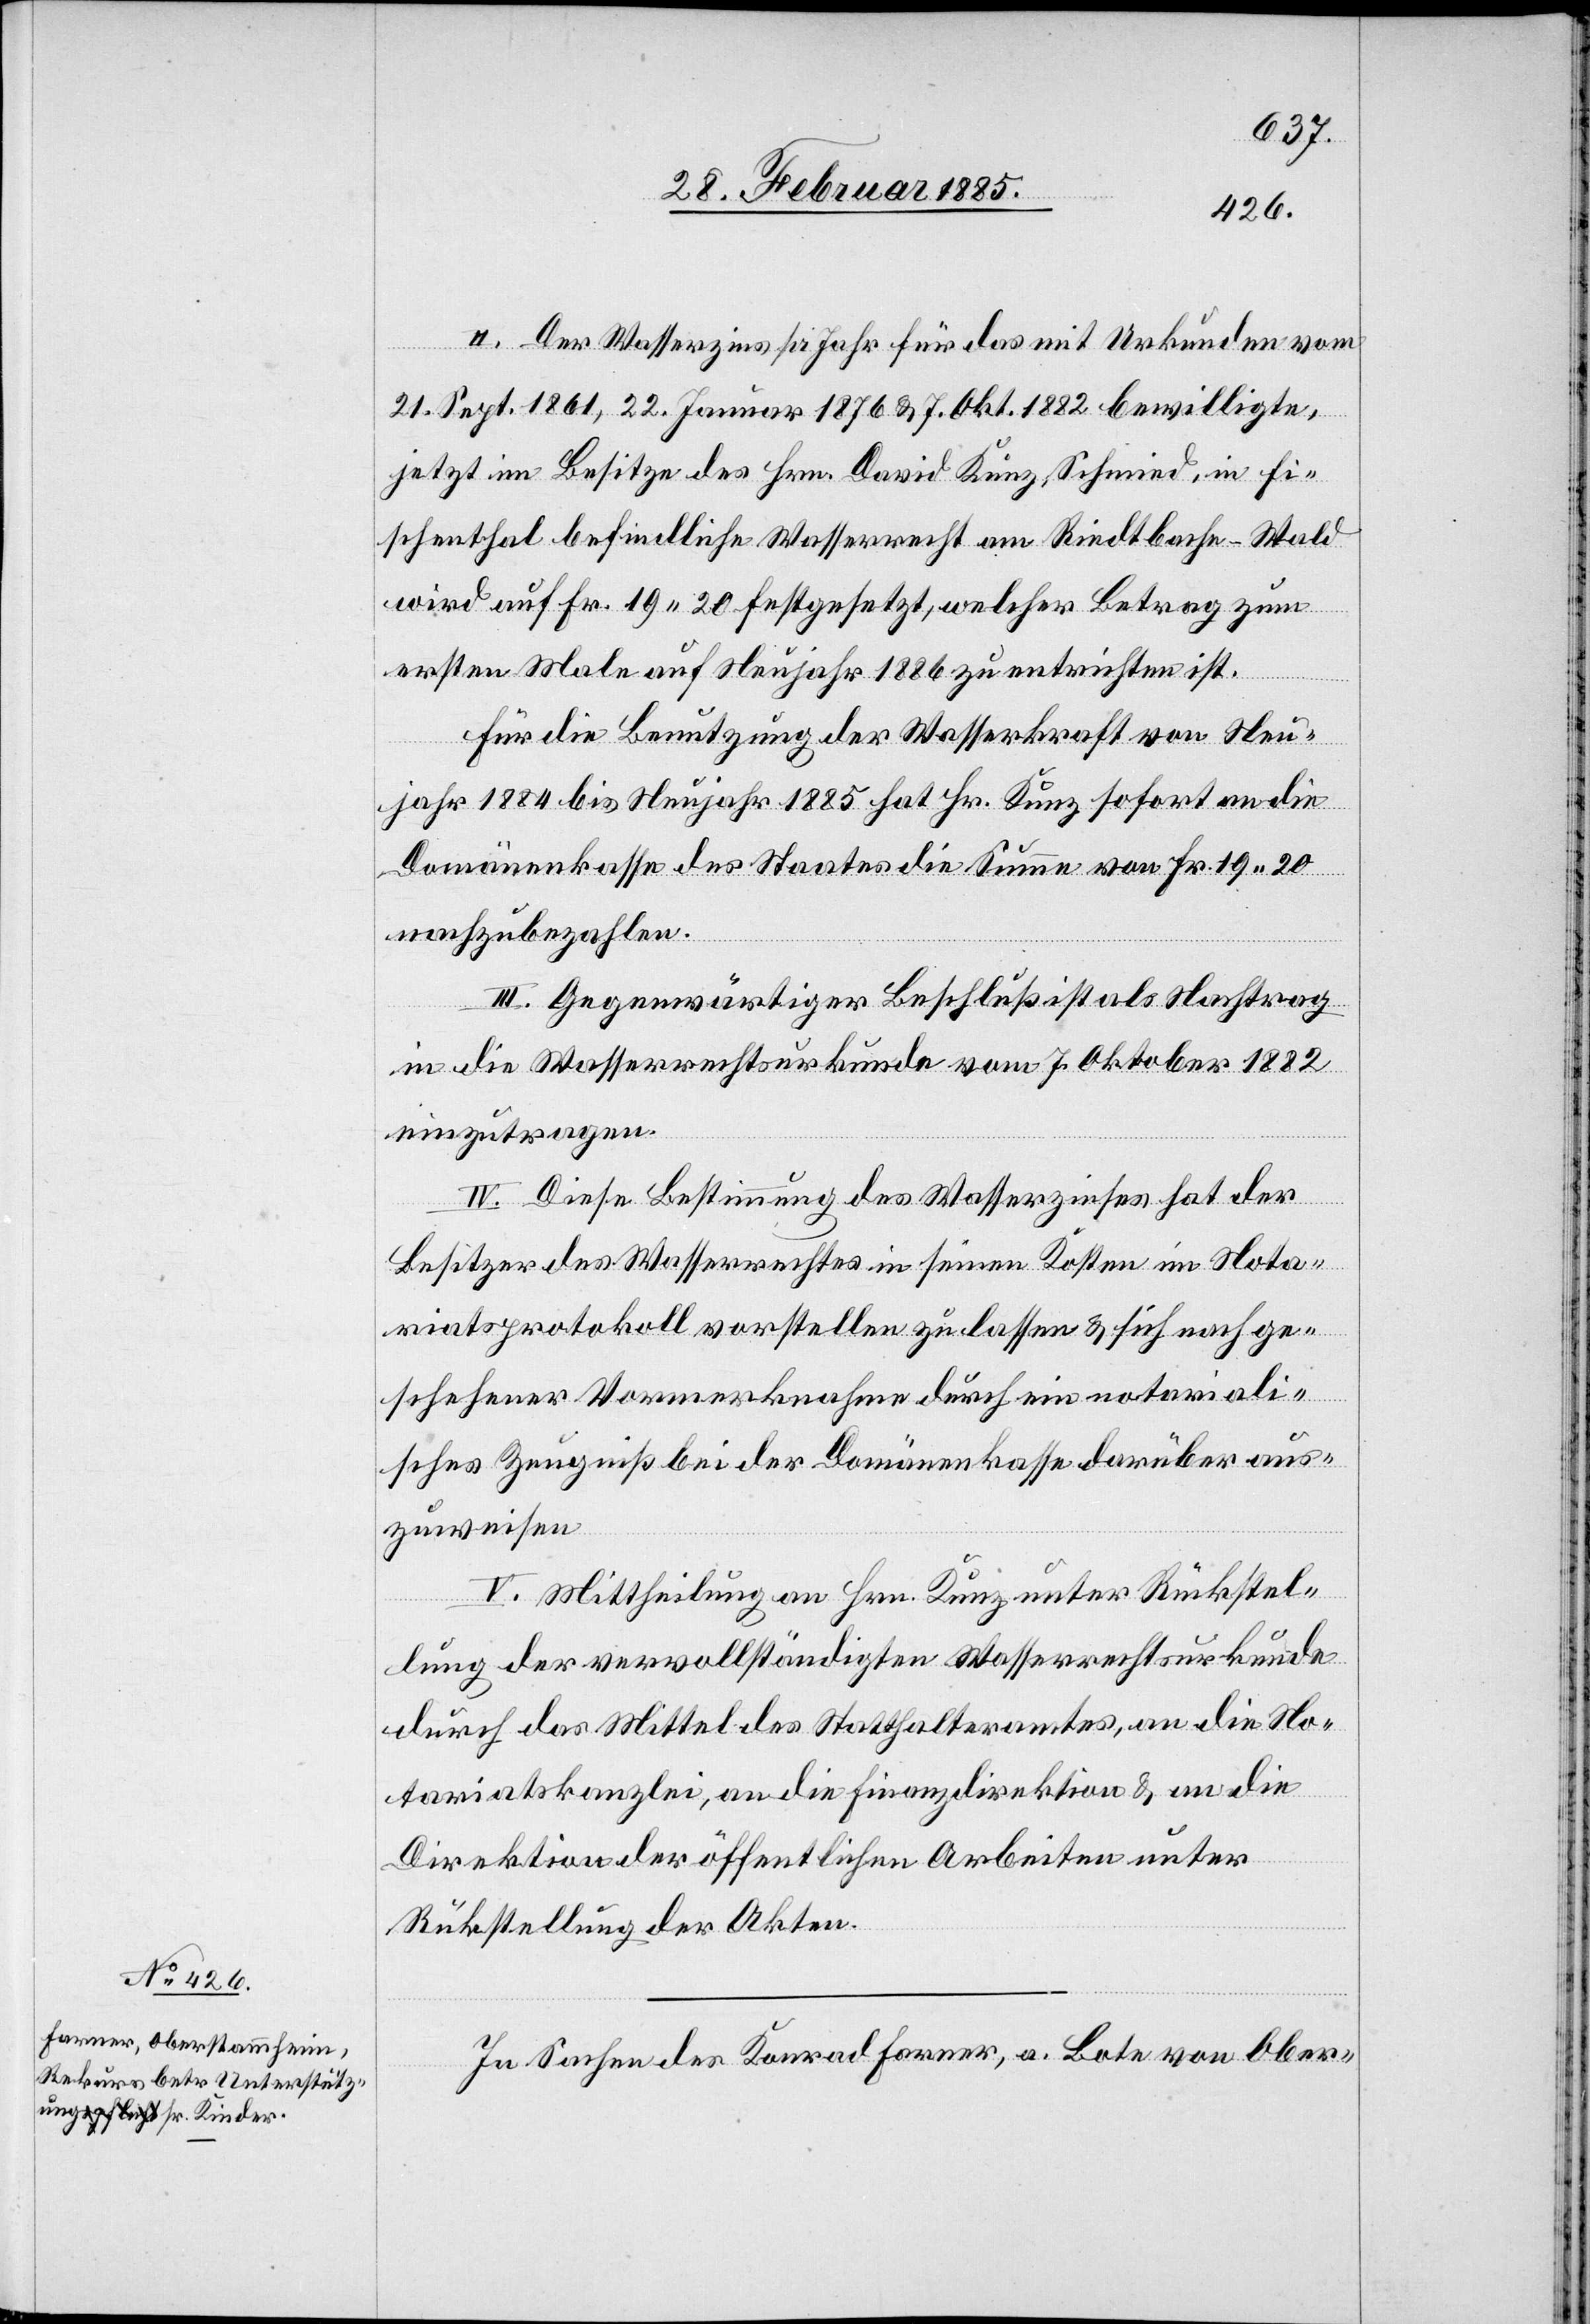
II. Der Wasserzins pr. Jahr für das mit Urkunden vom
21. Sept. 1861, 22. Januar 1876 & 7. Okt. 1882 bewilligte,
jetzt im Besitze des Hrn. David Kunz, Schmied, in Fi¬
schenthal befindliche Wasserrecht am Riedtbache - Wald
wird auf Fr. 19 20 festgesetzt, welcher Betrag zum
ersten Male auf Neujahr 1886 zu entrichten ist.
Für die Benutzung der Wasserkraft von Neu¬
jahr 1884 bis Neujahr 1885 hat Hr. Kunz sofort an die
Domänenkasse des Staates die Summe von Fr. 19 20
nachzubezahlen.
III. Gegenwärtiger Beschluß ist als Nachtrag
in die Wasserrechtskurkunde vom 7. Oktober 1882
einzutragen.
IV. Diese Bestimmung des Wasserzinses hat der
Besitzer des Wasserrechts in seinen Kosten im Nota¬
riatsprotokoll vorstellen zu lassen & sich nach ge¬
schehener Vormerknahme durch ein notariali¬
sches Zeugniß bei der Domänenkasse darüber aus¬
zuweisen.
V. Mittheilung an Hrn. Kunz unter Rückstel¬
lung der vervollständigten Wasserrechtsurkunde
durch das Mittel des Statthalteramtes, an die No¬
tariatskanzlei, an die Finanzdirektion & an die
Direktion der öffentlichen Arbeiten unter
Rückstellung der Akten.
In Sachen des Konrad Farner, a. Bote von Ober-